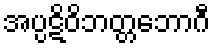
အပ္ပဋိဝိဘတ္တဘောဂီ